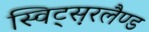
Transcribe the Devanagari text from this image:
स्विट्स़रलैण्ड